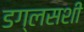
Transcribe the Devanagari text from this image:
डग्लसशी